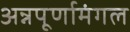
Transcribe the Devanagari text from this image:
अन्नपूर्णामंगल